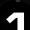
Digit: 1